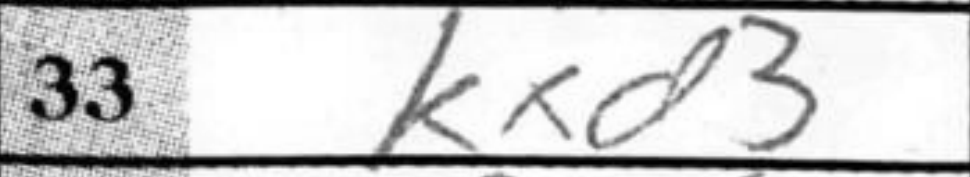
Transcription: Kxd3